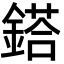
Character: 鎝